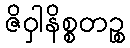
ဇိဝှါနိစ္စတဉ္စ